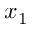
x _ { 1 }